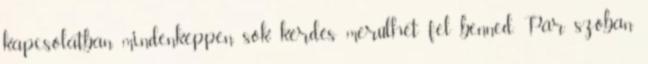
kapcsolatban mindenképpen sok kérdés merülhet fel benned. Pár szóban